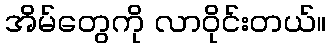
အိမ်တွေကို လာဝိုင်းတယ်။